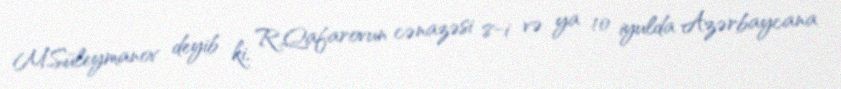
M.Süleymanov deyib ki, R.Qafarovun cənazəsi 8-i və ya 10 iyulda Azərbaycana